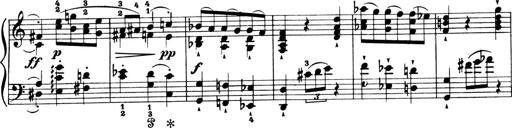
Title: 4 Sonatines
Composer: Max Reger